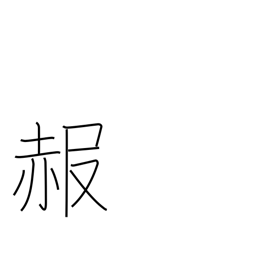
Meaning: get red